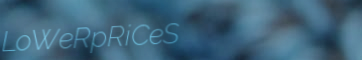
LoWeRpRiCeS